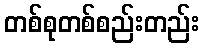
တစ်စုတစ်စည်းတည်း